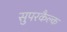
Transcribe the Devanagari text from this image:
सुपरकैल्क